Vaccine operations Central Provinces 1900-1911 - 1900-1911
Year: 1900
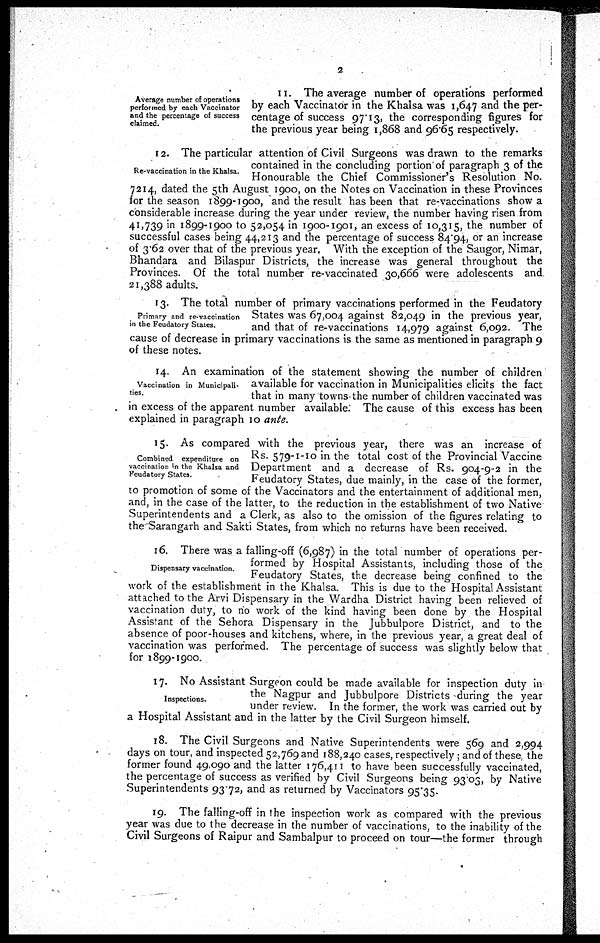
2
Average number of operations
performed by each Vaccinator
and the percentage of success
claimed.
11. The average number of operations performed
by each Vaccinator in the Khalsa was 1,647 and the per-
centage of success 97.13, the corresponding figures for
the previous year being 1,868 and 96.65 respectively.
Re-vaccination in the Khalsa
12. The particular attention of Civil Surgeons was drawn to the remarks
contained in the concluding portion of paragraph 3 of the
Honourable the Chief Commissioner's Resolution No.
7214, dated the 5th August 1900, on the Notes on Vaccination in these Provinces
for the season 1899-1900, and the result has been that re-vaccinations show a
considerable increase during the year under review, the number having risen from
41,739 in 1899-1900 to 52,054 in 1900-1901, an excess of 10,315, the number of
successful cases being 44,213 and the percentage of success 84.94, or an increase
of 3.62 over that of the previous year. With the exception of the Saugor, Nimar,
Bhandara and Bilaspur Districts, the increase was general throughout the
Provinces. Of the total number re-vaccinated 30,666 were adolescents and
21,388 adults.
Primary and re-vaccination
in the Feudatory States.
13. The total number of primary vaccinations performed in the Feudatory
States was 67,004 against 82,049 in the previous year,
and that of re-vaccinations 14,979 against 6,092. The
cause of decrease in primary vaccinations is the same as mentioned in paragraph 9
of these notes.
Vaccination in Municipali¬
ties.
14. An examination of the statement showing the number of children
available for vaccination in Municipalities elicits the fact
that in many towns the number of children vaccinated was
in excess of the apparent number available. The cause of this excess has been
explained in paragraph 10 ante.
Combined expenditure on
vaccination in the Khalsa and
Feudatory States.
15. As compared with the previous year, there was an increase of
Rs. 579-1-10 in the total cost of the Provincial Vaccine
Department and a decrease of Rs. 904-9-2 in the
Feudatory States, due mainly, in the case of the former,
to promotion of some of the Vaccinators and the entertainment of additional men,
and, in the case of the latter, to the reduction in the establishment of two Native
Superintendents and a Clerk, as also to the omission of the figures relating to
the Sarangarh and Sakti States, from which no returns have been received.
Dispensary vaccination.
16. There was a falling-off (6,987) in the total number of operations per-
formed by Hospital Assistants, including those of the
Feudatory States, the decrease being confined to the
work of the establishment in the Khalsa. This is due to the Hospital Assistant
attached to the Arvi Dispensary in the Wardha District having been relieved of
vaccination duty, to no work of the kind having been done by the Hospital
Assistant of the Sehora Dispensary in the Jubbulpore District, and to the
absence of poor-houses and kitchens, where, in the previous year, a great deal of
vaccination was performed. The percentage of success was slightly below that
for 1899-1900.
Inspections.
17. No Assistant Surgeon could be made available for inspection duty in
the Nagpur and Jubbulpore Districts during the year
under review. In the former, the work was carried out by
a Hospital Assistant and in the latter by the Civil Surgeon himself.
18. The Civil Surgeons and Native Superintendents were 569 and 2,994
days on tour, and inspected 52,769 and 188,240 cases, respectively ; and of these, the
former found 49,090
the percentage of success as verified by Civil and the l at t er 1 7 6 , 4 1 1 to have been s u c c e s s f u l l y v a c c i n a t e d , S u r g e o n s being 93.03, by Native
Superintendents 93.72, and as returned by Vaccinators 95.35.
19. The falling-off in the inspection work as compared with the previous
year was due to the decrease in the number of vaccinations, to the inability of the
Civil Surgeons of Raipur and Sambalpur to proceed on tour—the former through